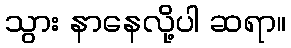
သွား နာနေလို့ပါ ဆရာ။